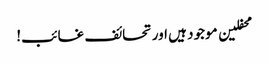
محفلین موجود ہیں اور تحائف غائب!